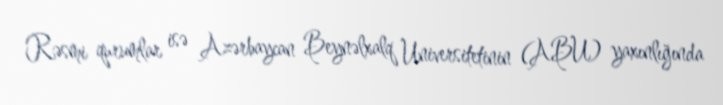
Rəsmi qurumlar isə Azərbaycan Beynəlxalq Universitetinin (ABU) yaxınlığında